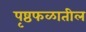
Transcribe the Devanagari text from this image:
पृष्ठफळातील